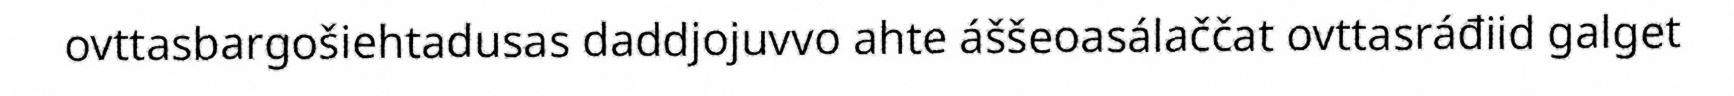
ovttasbargošiehtadusas daddjojuvvo ahte áššeoasálaččat ovttasráđiid galget